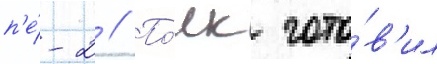
п'е́-2 // По́лк гото́в'ил